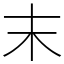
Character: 末